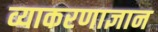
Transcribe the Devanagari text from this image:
व्याकरणाज्ञान